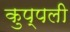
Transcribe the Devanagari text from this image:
कुप्पली